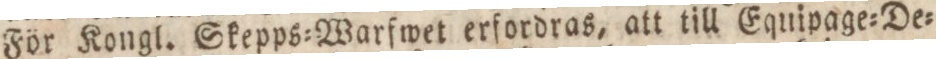
För Kongl. Skepps=Warfwet erfordras, att till Equipage=De=